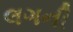
લગની